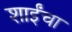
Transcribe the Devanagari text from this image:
शाईंचा